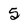
Character: 5